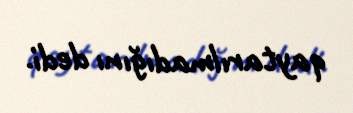
qaytarılmadığını dedi.